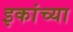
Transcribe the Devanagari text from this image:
इकांच्या